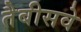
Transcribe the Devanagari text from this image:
तैबीसवे